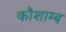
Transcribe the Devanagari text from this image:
कौशाम्ब